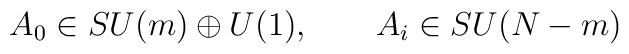
A_{0}\in SU(m)\oplus U(1),\qquad A_{i}\in SU(N-m)